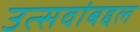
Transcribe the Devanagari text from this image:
उत्सवांबद्दल